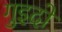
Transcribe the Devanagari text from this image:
गुइदो